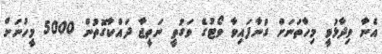
އެނާ ވިދާޅުވީ މިހާތަނަށް ގުނާފައިވާ ވޯޓުގެ ވަގުތީ ނަތީޖާ ދައްކާގޮތުން 5000 މީހުނަށް